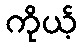
ကိုယ့်